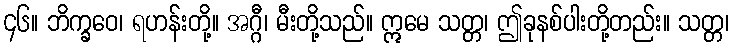
၄၆။ ဘိက္ခဝေ၊ ရဟန်းတို့။ အဂ္ဂီ၊ မီးတို့သည်။ ဣမေ သတ္တ၊ ဤခုနစ်ပါးတို့တည်း။ သတ္တ၊